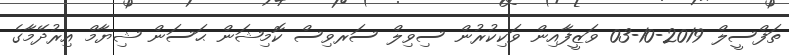
ތަފްސީލް 2019-10-03 ވަޒީފާއިން ވަކިކުރުން ސިވިލް ސަރވިސް ކޮމިޝަން ޙަސަން ޝިޔާމް އިރުދޭމާގެ